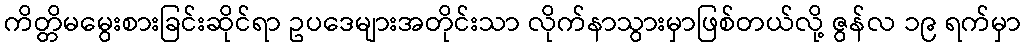
ကိတ္တိမမွေးစားခြင်းဆိုင်ရာ ဥပဒေများအတိုင်းသာ လိုက်နာသွားမှာဖြစ်တယ်လို့ ဇွန်လ ၁၉ ရက်မှာ